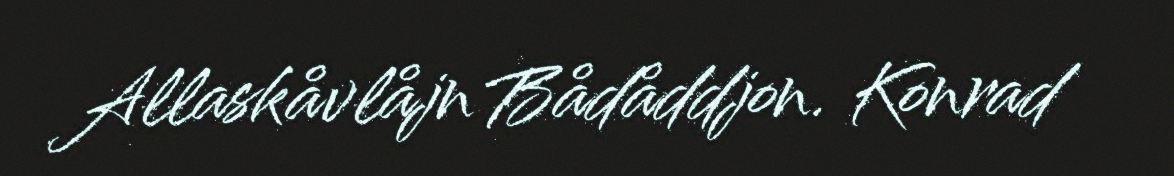
Allaskåvlåjn Bådåddjon. Konrad